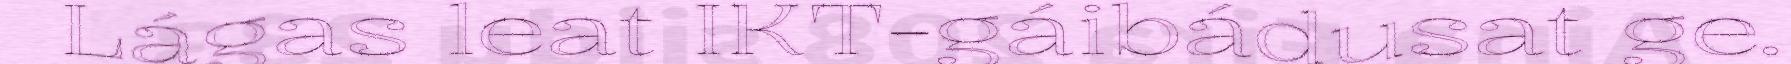
Lágas leat IKT-gáibádusat ge.